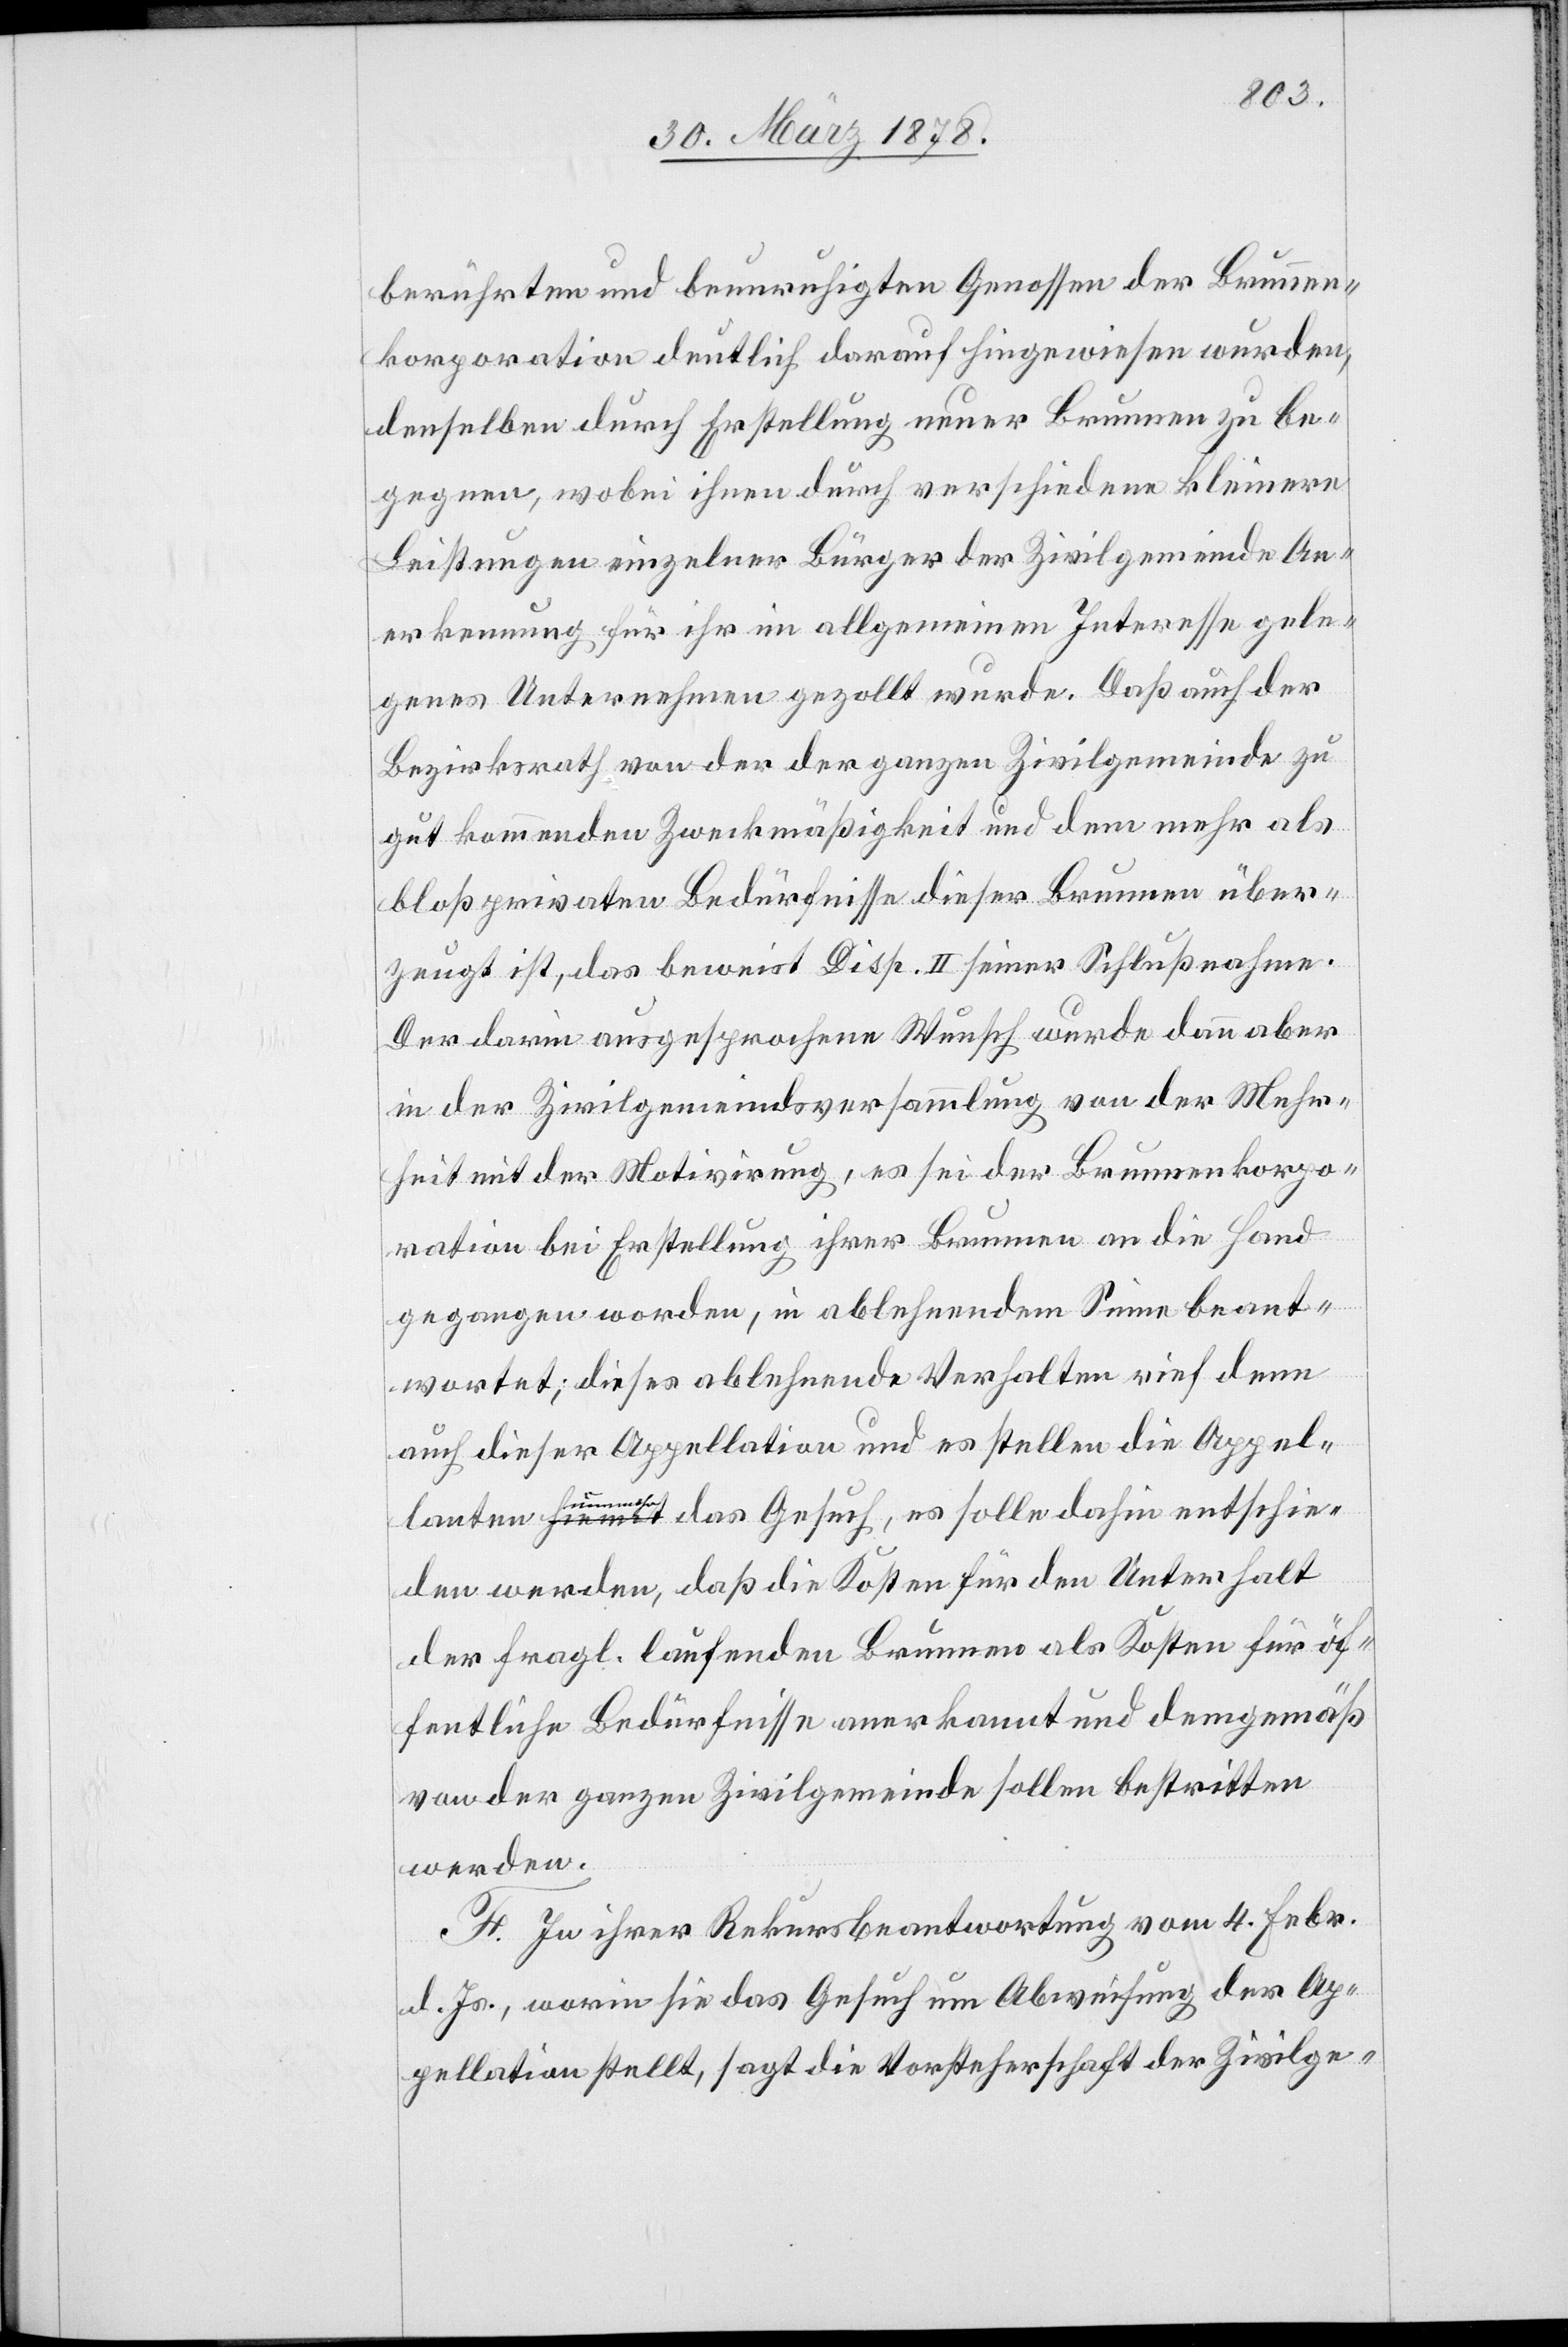
berührten und beunruhigten Genossen der Brunnen¬
korporation deutlich darauf hingewiesen wurden,
denselben durch Erstellung neuer Brunnen zu be¬
gegnen, wobei ihnen durch verschiedene kleinere
Leistungen einzelner Bürger der Zivilgemeinde An¬
erkennung für ihr im allgemeinen Interesse gele¬
genes Unternehmen gezollt wurde. Daß auch der
Bezirksrath von der der ganzen Zivilgemeinde zu
gut kommenden Zweckmäßigkeit und dem mehr als
bloß privaten Bedürfnisse dieser Brunnen über¬
zeugt ist, das beweist Disp. II seiner Schlußnahme.
Der darin ausgesprochene Wunsch wurde dann aber
in der Zivilgemeindsversammlung von der Mehr¬
heit mit der Motivirung, es sei der Brunnenkorpo¬
ration bei Erstellung ihrer Brunnen an die Hand
gegangen worden, in ablehnendem Sinne beant¬
wortet; dieses ablehnende Verhalten rief denn
auch dieser Appellation und es stellen die Appel¬
lanten hiemit das Gesuch, es solle dahin entschie¬
den werden, daß die Kosten für den Unterhalt
der fragl. laufenden Brunnen als Kosten für öf¬
fentliche Bedürfnisse anerkannt und demgemäß
von der ganzen Zivilgemeinde sollen bestritten
werden.
F. In ihrer Rekursbeantwortung vom 4. Febr.
d. Js., worin sie das Gesuch um Abweichung der Ap¬
pellation stellt, sagt die Vorsteherschaft der Zivilge-